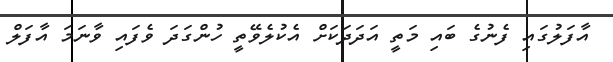
އާފަލުގައި ފެނުގެ ބައި މަތީ އަދަދަކަށް އެކުލެވޭތީ ހުންގަދަ ވެފައި ވާނަމަ އާފަލް